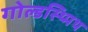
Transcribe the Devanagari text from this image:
गोल्डस्थ्मिथ